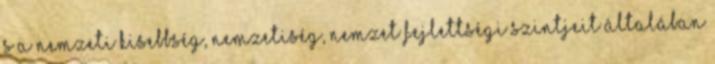
s a nemzeti kisebbség, nemzetiség, nemzet fejlettségi szintjeit általában